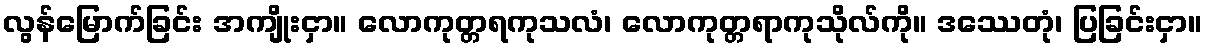
လွန်မြောက်ခြင်း အကျိုးငှာ။ လောကုတ္တရကုသလံ၊ လောကုတ္တရာကုသိုလ်ကို။ ဒဿေတုံ၊ ပြခြင်းငှာ။